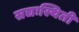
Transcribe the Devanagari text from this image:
सद्यःस्थिती